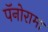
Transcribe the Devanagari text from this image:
पॅनोरामा